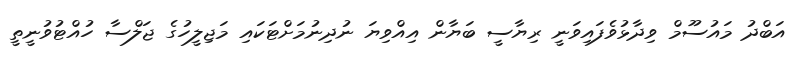
އަބްދު މައުސޫމް ވިދާޅުވެފައިވަނީ ރިޔާސީ ބަޔާން އިއްވިޔަ ނުދިނުމަށްޓަކައި މަޖިލީހުގެ ޖަލްސާ ހުއްޓުވުނީތީ